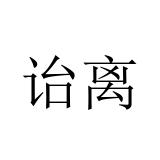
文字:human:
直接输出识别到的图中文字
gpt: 诒离